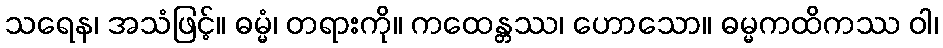
သရေန၊ အသံဖြင့်။ ဓမ္မံ၊ တရားကို။ ကထေန္တဿ၊ ဟောသော။ ဓမ္မကထိကဿ ဝါ၊